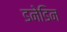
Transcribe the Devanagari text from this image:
डनेडिन